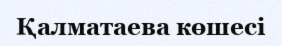
Қалматаева көшесі